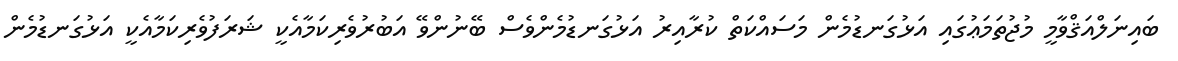
ބައިނަލްއަޤްވާމީ މުޖުތަމަޢުގައި އަޅުގަނޑުމެން މަސައްކަތް ކުރާއިރު އަޅުގަނޑުމެންވެސް ބޭނުންވޭ އަބުރުވެރިކަމާއެކީ ޝަރަފުވެރިކަމާއެކީ އަޅުގަނޑުމެން